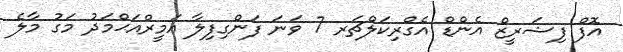
އޮފް ފިޝަރީޒް އެންޑް އެގްރިކަލްޗަރ 7 ވަނަ ފަންގިފިލާ އަމީރްއަޙްމަދު މަގު މާލެ